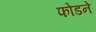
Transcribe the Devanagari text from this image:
फोडने